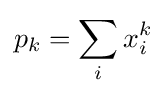
p_{k}=\sum _{i}x_{i}^{k}